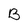
Character: B